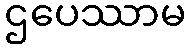
ဌပေဿာမ